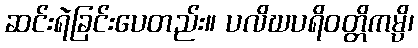
ဆင်းရဲခြင်းပေတည်း။ ပလိဃပရိဝတ္တိကမ္ပိ၊